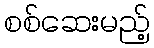
စစ်ဆေးမည့်